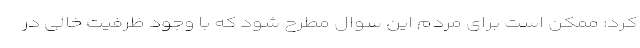
کرد: ممکن است برای مردم این سوال مطرح شود که با وجود ظرفیت خالی در